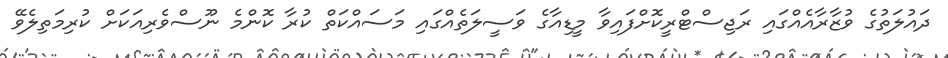
ދައުލަތުގެ ވުޒާރާއެއްގައި ރަޖިސްޓްރީކޮށްފައިވާ މީޑިއާގެ ވަސީލަތެއްގައި މަސައްކަތް ކުރާ ކޮންމެ ނޫސްވެރިއަކަށް ކުރިމަތިލެވޭ